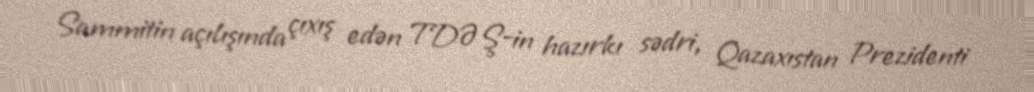
Sammitin açılışında çıxış edən TDƏŞ-in hazırkı sədri, Qazaxıstan Prezidenti